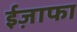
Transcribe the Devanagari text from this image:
ईज़ाफा